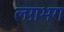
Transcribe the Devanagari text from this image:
लग़भग